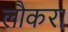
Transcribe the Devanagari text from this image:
लौकरा